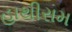
હાથીરામ